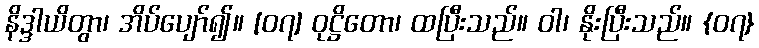
နိဒ္ဒါယိတွာ၊ အိပ်ပျော်၍။ [၀၇] ဝုဋ္ဌိတော၊ ထပြီးသည်။ ဝါ၊ နိုးပြီးသည်။ {၀၇}